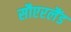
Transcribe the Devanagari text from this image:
सौएरलैंड